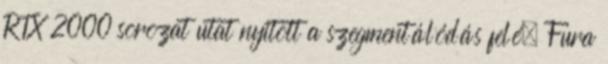
RTX 2000 sorozat utat nyitott a szegmentálódás felé. Fura